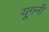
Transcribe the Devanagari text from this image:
यूगनी